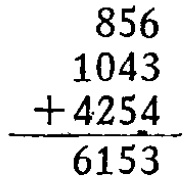
\[
\begin{array}{r}
856 \\
1043 \\
+4254 \\
\hline
6153
\end{array}
\]